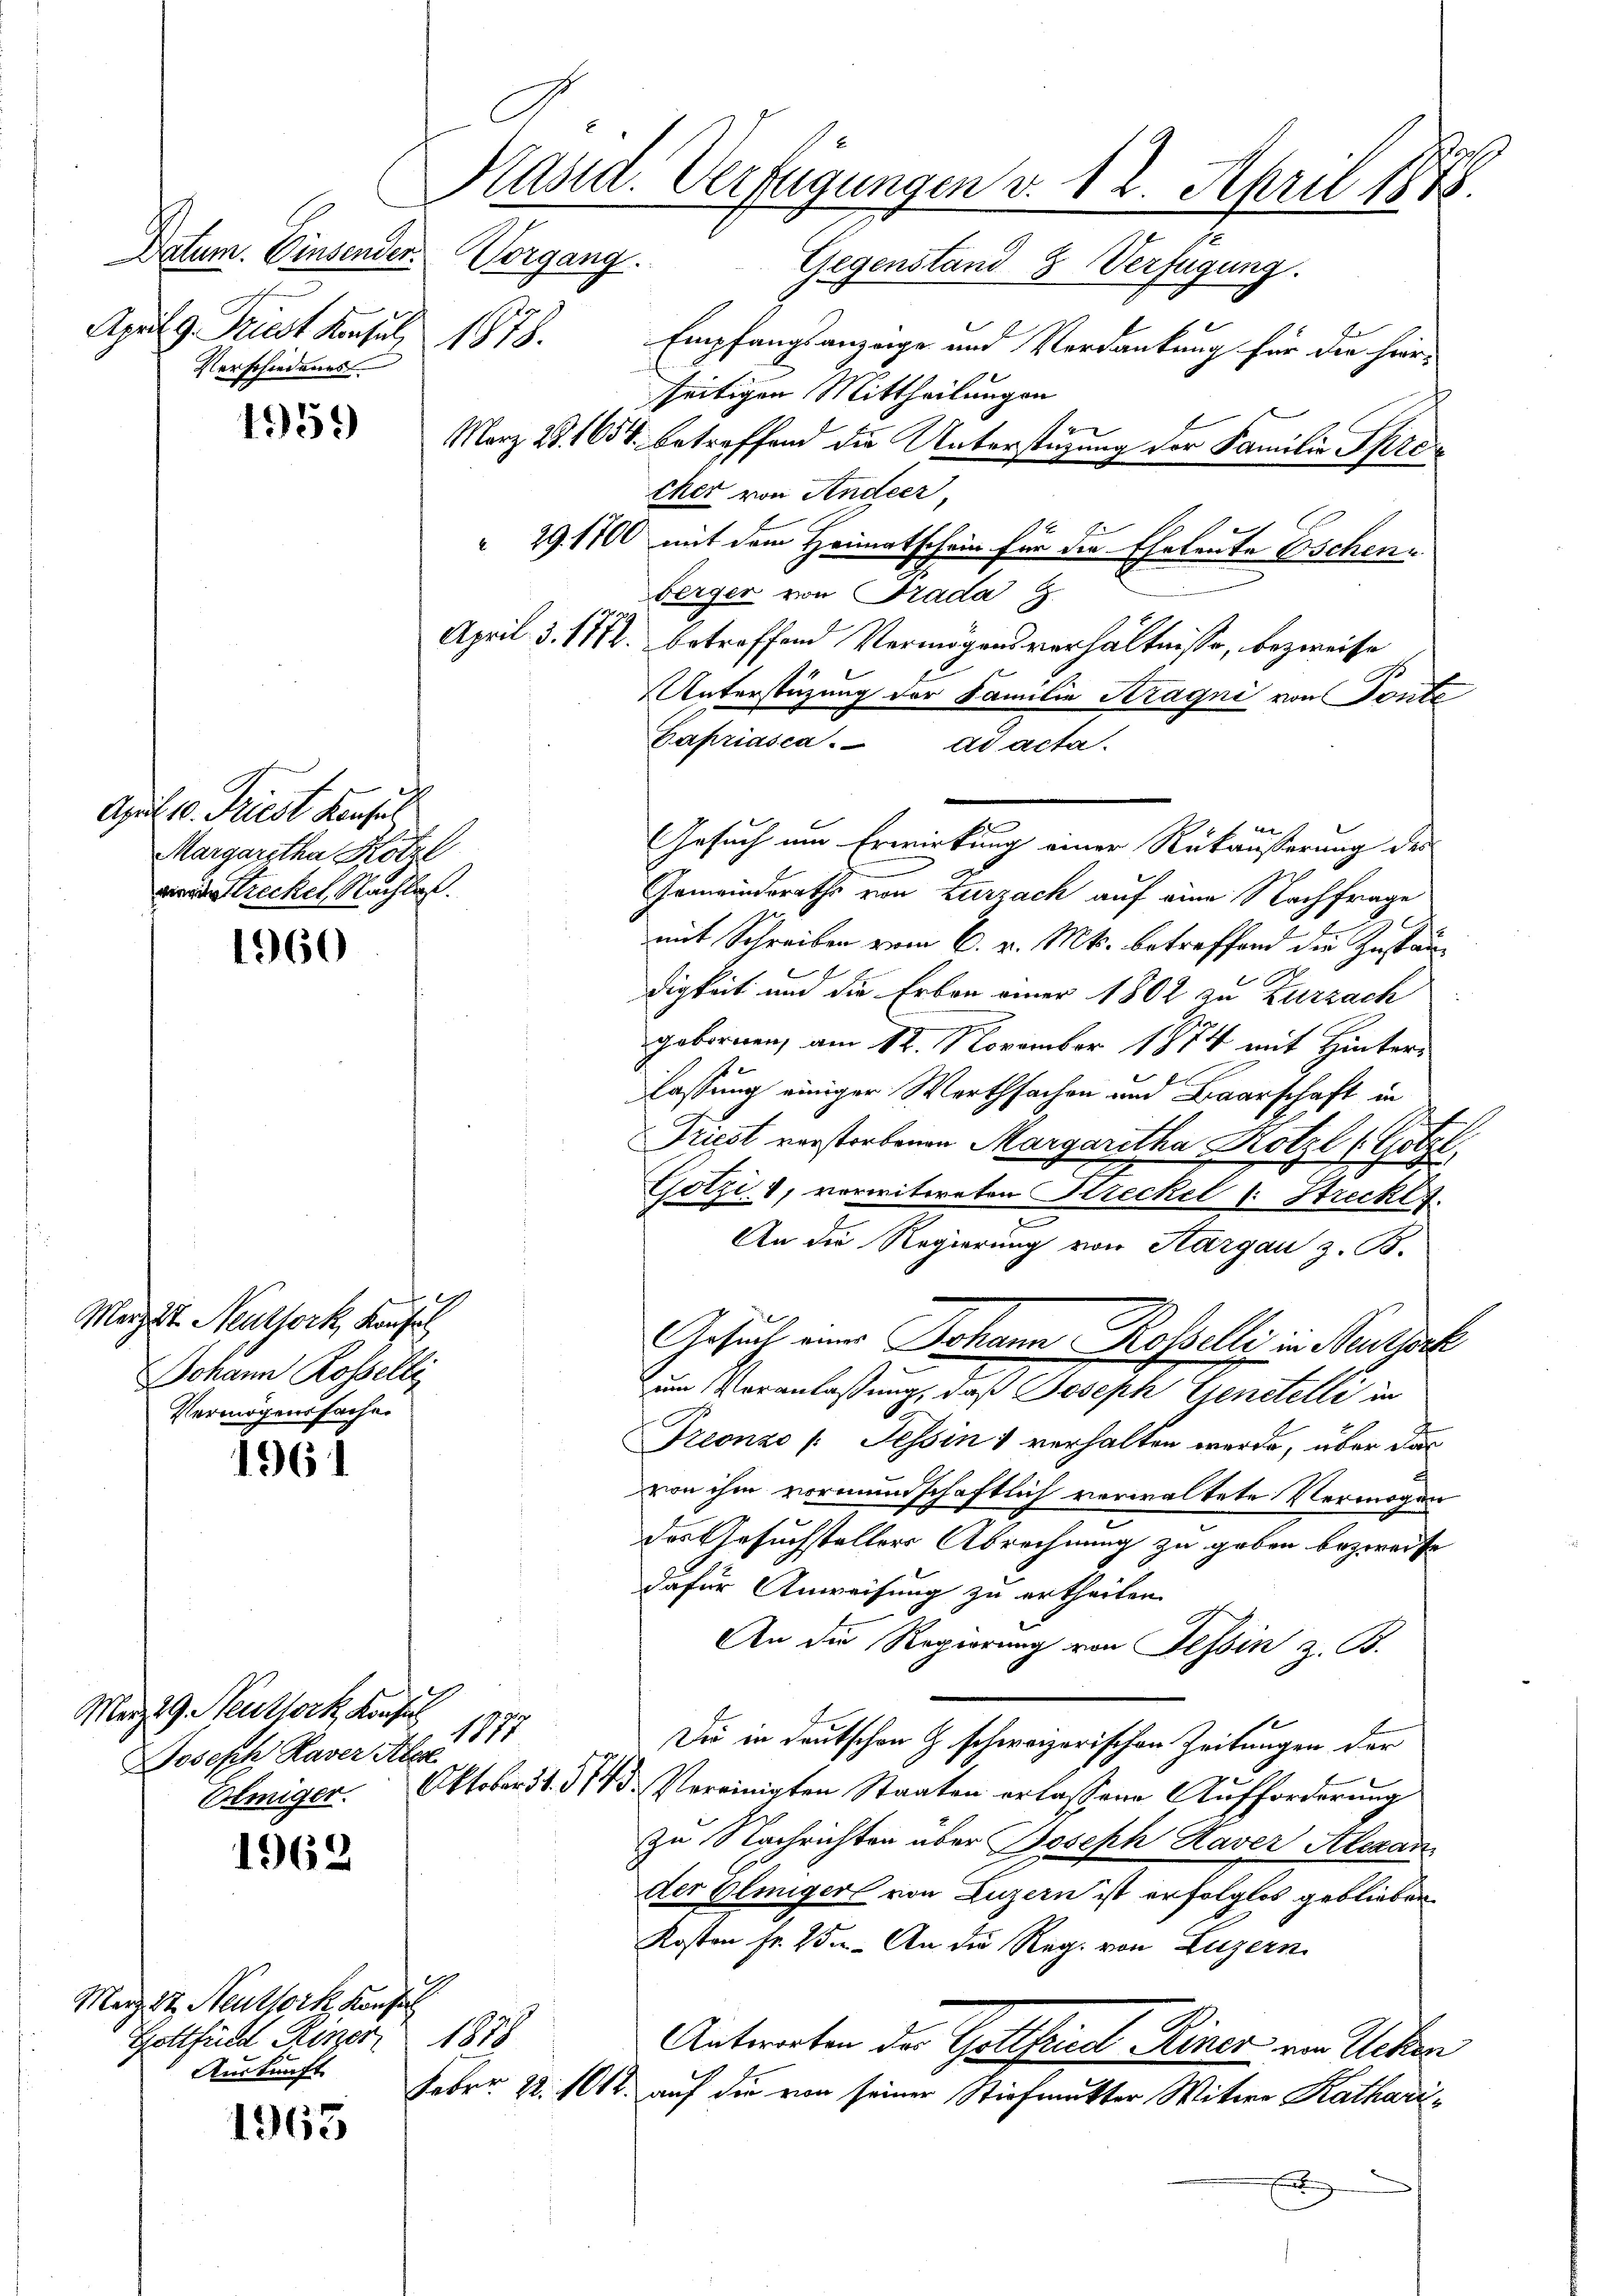
Datum. Einsender.
April g. Triest Konsul, 1878.
Verschiedenes

April 10. Friest Konsul
Margaretha Kotze
verstreckel, Nachlaf.

Marzt Neuthork, Konfel
Johann Rosselte
Vermögenssache.

1959

1960

196

1962

1963

Kräsid. Verfügungen v. 12. April 1878.
Vorgang. Gegenstand Verfügung.

Empfangsanzeige und Verdankung für die hier-
seitigen Mittheilungen
März 28. 1654 betreffend die Unterstüzung der Familie Sprec
cker von Andeer,
 29. 1700 mit dem Heimatschein für die Eheleute Eschene
berger von Prada z.
April. 3. 1784. betreffend Vermögensverhältnisse, bezweife
Unterstüzung der Familie Kragni von Tante
Capriasca ad acta
Gesuch um Erwirkung einer Rückäußerung ders
Gemeindsraths von Zurzach auf eine Nachfrage
mit Schreiben vom 6. v. Mts. betreffend die Zustänx
digkeit und die Erben einer 1802 zu Zurzach
gebornen, am 12. November 1874 mit Hinterlassung einiger Werthsachen und Baarschaft in
Triest verstorbenen Margaretha Kotzl (Gotzl
Götzis, verwitweten Kreckel (: Streckt.
An die Regierung von Hargau z. B.
Gesuch eines Johann Rosselli in Neuwirk
Zum Voranlaßung, daß Joseph Genstelli in
C
Keonzo /: Tessin verhalten werde, über dann
von ihm vormundschaftlich verwaltete Vermögen
des Gesuchstellers Abrechnung zu geben bezweife
dafür Anweisung zu ertheilen.
An die Regierung von Tessin z. B.
1173
Die in Deutschen J. schweizerischen Zeitungen der
Omiger. Oktober d. 314. Vereinigten Staaten erlassene Aufforderung
zu Nachrichten über Joseph Haver Alexan
der Pliniger von Luzern ist erfolglos geblieben
Kosten fr. 25. An die Reg. von Luzern
Antworten der Gottheil Keiner ein Ueber
Febr. 12. 1012. auf die von seiner Stiefmutter Witwe Katharig

Merz 19. Neuthork, Konfes
Joseph Haver Aber

Merz 17, Neuthork, Konsi
Gottfuld Hiner 1878
Auskunft

f